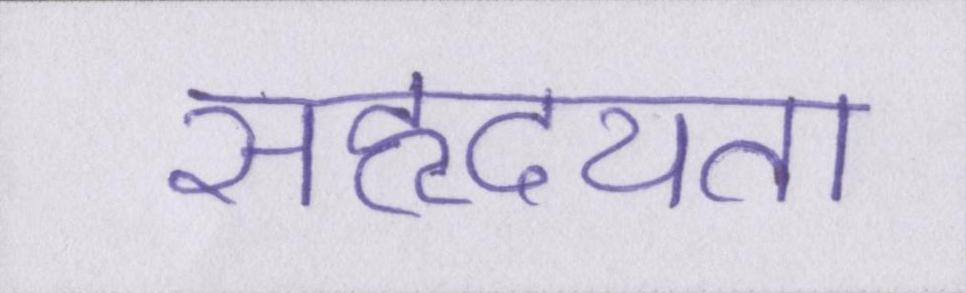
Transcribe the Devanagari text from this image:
सहृदयता